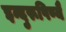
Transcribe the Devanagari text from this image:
इन्दुरूपिण्यै